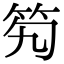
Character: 𥫷